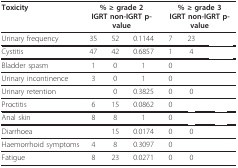
<table><thead><tr><td><b>Toxicity</b></td><td colspan="3"><b>% ≥ grade 2IGRT non-IGRT p-value</b></td><td colspan="3"><b>% ≥ grade 3IGRT non-IGRT p-value</b></td></tr></thead><tbody><tr><td>Urinary frequency</td><td>35</td><td>52</td><td>0.1144</td><td>7</td><td>23</td><td>[EMPTY_CELL]</td></tr><tr><td>Cystitis</td><td>47</td><td>42</td><td>0.6857</td><td>1</td><td>4</td><td>[EMPTY_CELL]</td></tr><tr><td>Bladder spasm</td><td>1</td><td>0</td><td>1</td><td>0</td><td>[EMPTY_CELL]</td><td>[EMPTY_CELL]</td></tr><tr><td>Urinary incontinence</td><td>3</td><td>0</td><td>1</td><td>0</td><td>[EMPTY_CELL]</td><td>[EMPTY_CELL]</td></tr><tr><td>Urinary retention</td><td>[EMPTY_CELL]</td><td>0</td><td>0.3825</td><td>0</td><td>0</td><td>[EMPTY_CELL]</td></tr><tr><td>Proctitis</td><td>6</td><td>15</td><td>0.0862</td><td>0</td><td>[EMPTY_CELL]</td><td>[EMPTY_CELL]</td></tr><tr><td>Anal skin</td><td>8</td><td>8</td><td>1</td><td>0</td><td>[EMPTY_CELL]</td><td>[EMPTY_CELL]</td></tr><tr><td>Diarrhoea</td><td>[EMPTY_CELL]</td><td>15</td><td>0.0174</td><td>0</td><td>0</td><td>[EMPTY_CELL]</td></tr><tr><td>Haemorrhoid symptoms</td><td>4</td><td>8</td><td>0.3097</td><td>0</td><td>[EMPTY_CELL]</td><td>[EMPTY_CELL]</td></tr><tr><td>Fatigue</td><td>8</td><td>23</td><td>0.0271</td><td>0</td><td>0</td><td>[EMPTY_CELL]</td></tr></tbody></table>